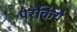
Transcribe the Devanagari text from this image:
परकिये